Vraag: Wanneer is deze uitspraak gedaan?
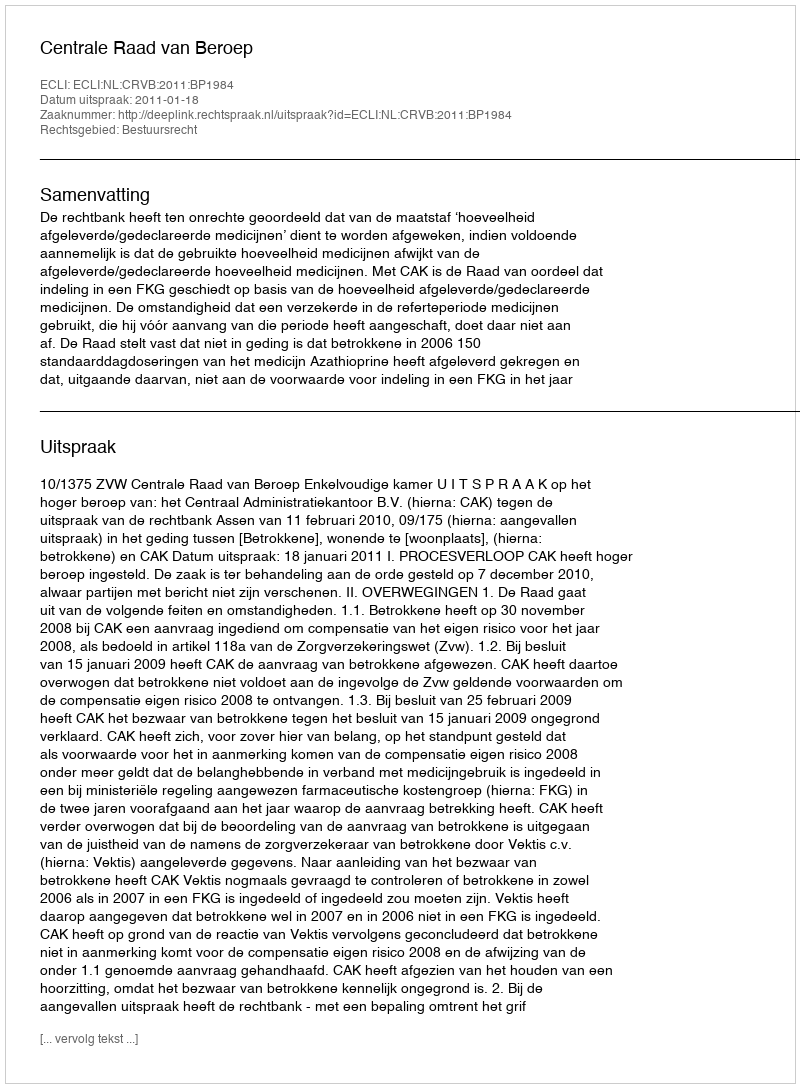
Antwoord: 2011-01-18